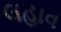
લહાવ